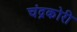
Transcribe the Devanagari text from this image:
चंद्रकोरी